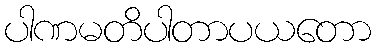
ပါဏမတိပါတာပယတော